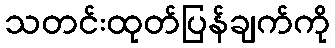
သတင်းထုတ်ပြန်ချက်ကို